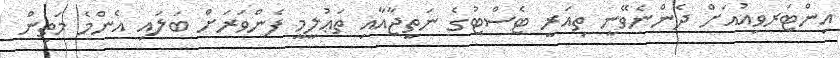
އިންޓަރވިއުއަށް ދެންނެވޭނީ ތިއަރީ ޓެސްޓުގެ ނަތީޖާއާއި ތަޢުލީމީ ފެންވަރަށް ބަލައި އެންމެ މަތިން